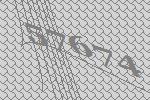
57674